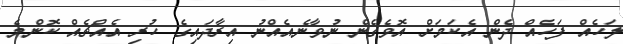
ލަހެއް ފަހެއް ދެން އެކަމަށް އޮވެގެން ނުވާނެއެއްނު އިރާދައިގެ ހުރި އެއްޗެއް ކޮންމެ